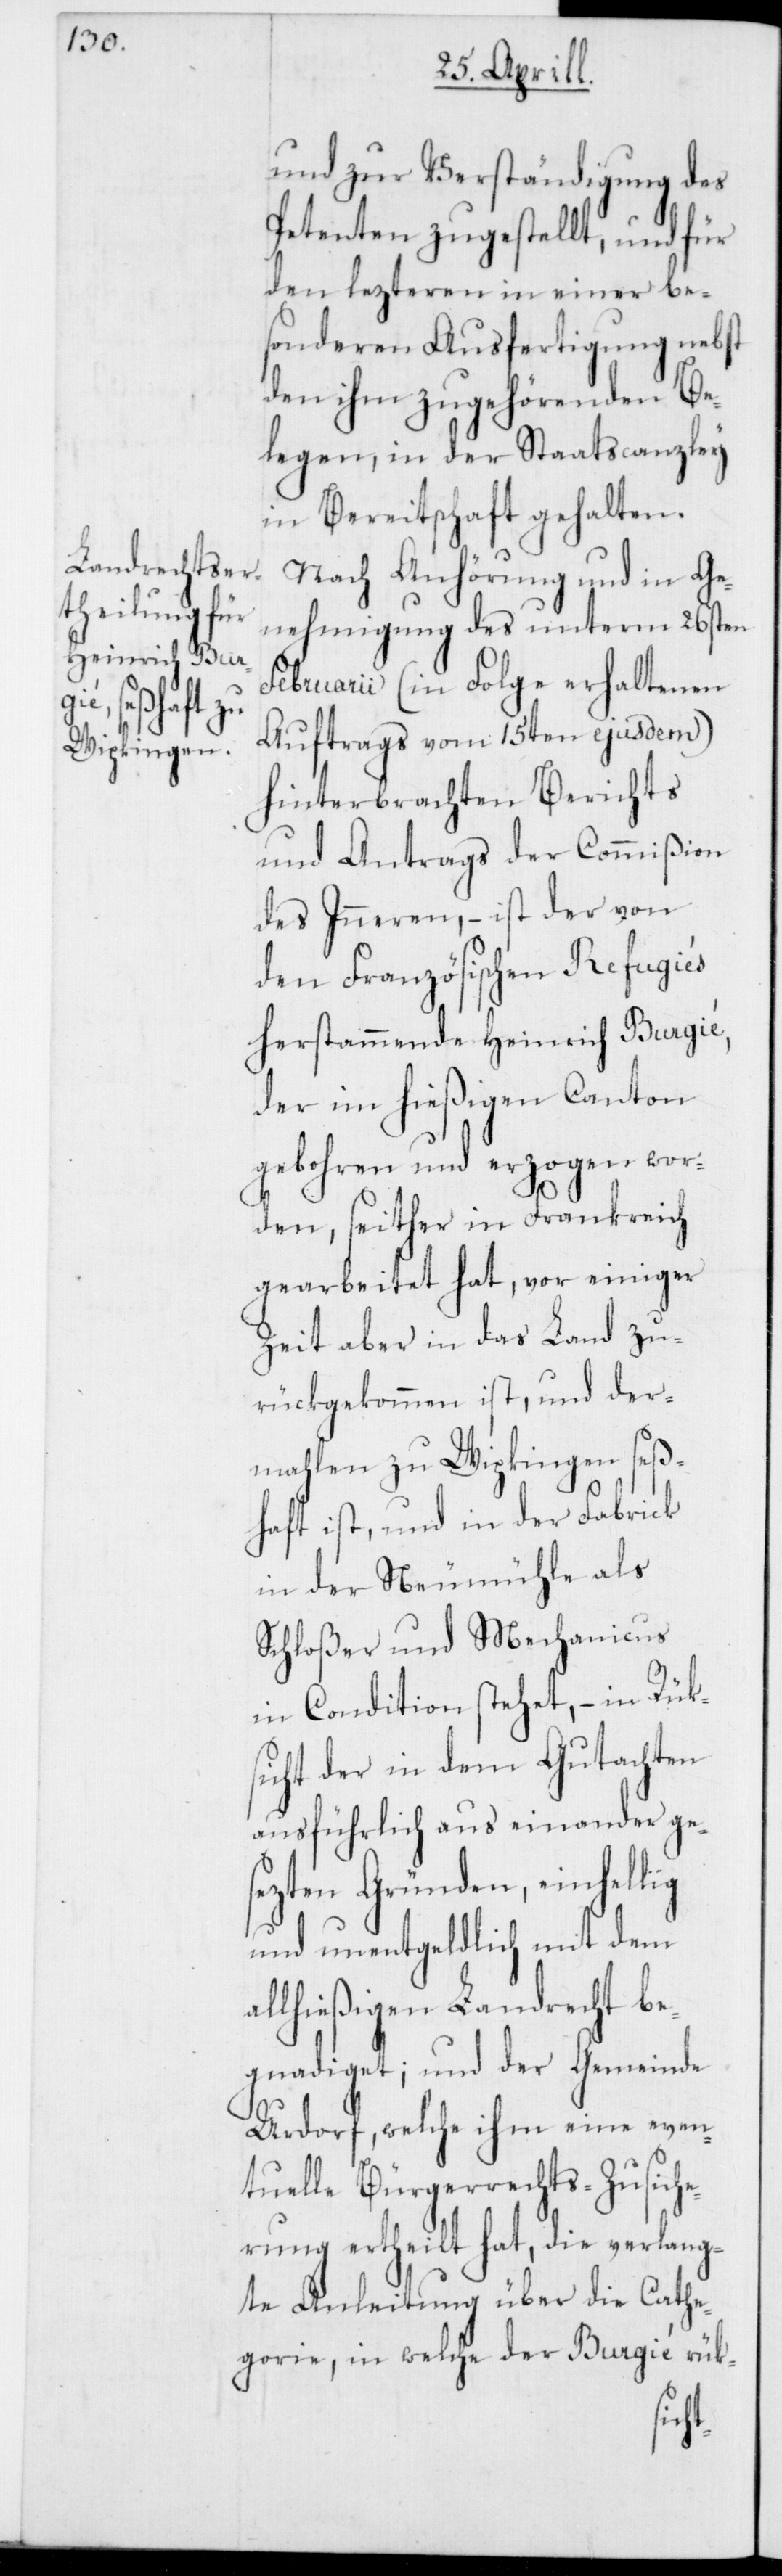
und zur Verständigung des
Petenten zugestellt, und für
den lezteren in einer be¬
sonderen Ausfertigung nebst
den ihm zugehörenden Be¬
legen, in der Staatscanzley
in Bereitschaft gehalten.
Nach Anhörung und in Ge¬
nehmigung des unterm 26sten
Februarii (in Folge erhaltenen
Auftrags vom 15ten ejusdem)
hinterbrachten Berichts
und Antrags der Commißion
des Inneren, – ist der von
den Französischen Refugiés
herstammende Heinrich Burgié,
der im hießigen Canton
geboren und erzogen wor¬
den, seither in Frankreich
gearbeitet hat, vor einiger
Zeit aber in das Land zu¬
rückgekommen ist, und der¬
mahlen zu Wipkingen seß¬
haft ist, und in der Fabrick
in der Neumühle als
Schloßer und Mechanicus
in Condition stehet, – in Rück¬
sicht der in dem Gutachten
ausführlich auseinander ge¬
sezten Gründen, einhellig
und unentgeldlich mit dem
allhießigen Landrecht be¬
gnadiget; und der Gemeinde
Urdorf, welche ihm eine even¬
tuelle Bürgerrechts-Zusiche¬
rung ertheilt hat, die verlang¬
te Anleitung über die Cathe¬
gorie, in welche der Burgié rück-